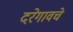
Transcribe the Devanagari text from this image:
दरेगावचे